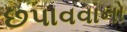
છપાવવાનો